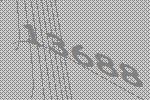
13688